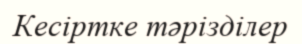
Кесіртке тәрізділер